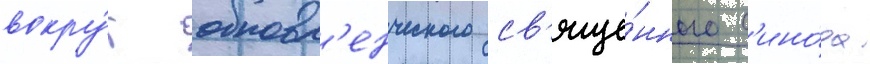
вокру́г обновл'енческого св'яще́нного с'ино́да